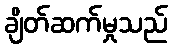
ချိတ်ဆက်မှုသည်